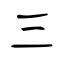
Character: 三